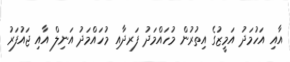
އާއި އަހުމަދު އަމީޒުގެ އިތުރުން މުހައްމަދު ފަރދާއި މުހައްމަދު އަނިލް އާއި ޖައަުފަރު